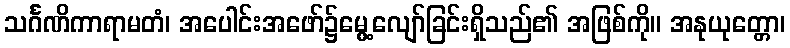
သင်္ဂဏိကာရာမတံ၊ အပေါင်းအဖော်၌မွေ့လျော်ခြင်းရှိသည်၏ အဖြစ်ကို။ အနုယုတ္တော၊